画像に写った文字を読んでください
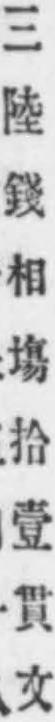
「三陸錢相塲拾壹貫文」と書いてあります